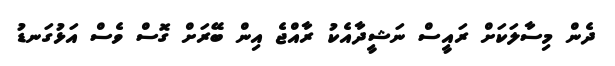
ދެން މިސާލަކަށް ރައީސް ނަޝީދާއެކު ރާއްޖެ އިން ބޭރަށް ގޮސް ވެސް އަޅުގަނޑު